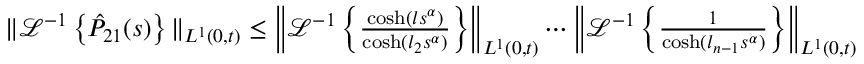
\begin{array} { r } { \| \mathcal { L } ^ { - 1 } \left\{ \hat { P } _ { 2 1 } ( s ) \right\} \| _ { L ^ { 1 } ( 0 , t ) } \leq \left\| \mathcal { L } ^ { - 1 } \left\{ \frac { \cosh ( l s ^ { \alpha } ) } { \cosh ( l _ { 2 } s ^ { \alpha } ) } \right\} \right\| _ { L ^ { 1 } ( 0 , t ) } \cdots \left\| \mathcal { L } ^ { - 1 } \left\{ \frac { 1 } { \cosh ( l _ { n - 1 } s ^ { \alpha } ) } \right\} \right\| _ { L ^ { 1 } ( 0 , t ) } } \end{array}